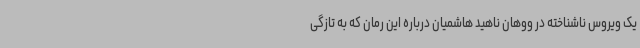
یک ویروس ناشناخته در ووهان ناهید هاشمیان درباره این رمان که به تازگی